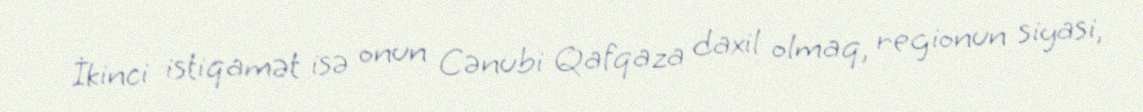
İkinci istiqamət isə onun Cənubi Qafqaza daxil olmaq, regionun siyasi,